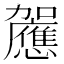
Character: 𰅚